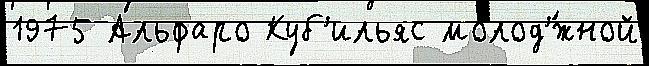
1975 Альфаро Куб'ильяс молод'́жной